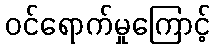
ဝင်ရောက်မှုကြောင့်